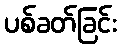
ပစ်ခတ်ခြင်း